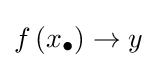
f\left(x_{\bullet }\right)\to y